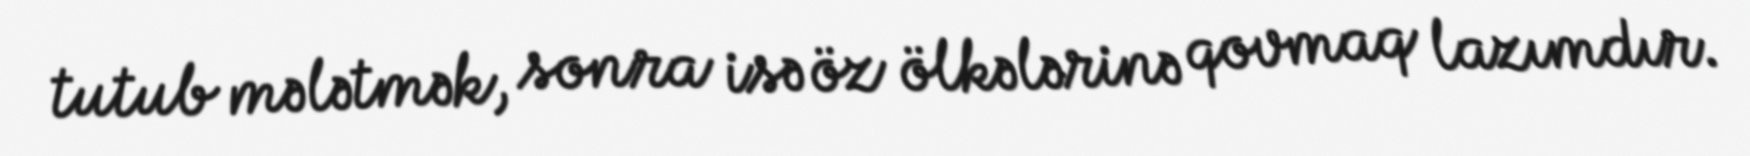
tutub mələtmək, sonra isə öz ölkələrinə qovmaq lazımdır.